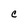
Character: C